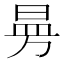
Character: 𭦗